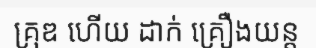
គ្រុឌ ហើយ ដាក់ គ្រឿងយន្ត